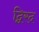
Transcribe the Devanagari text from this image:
द्विरद